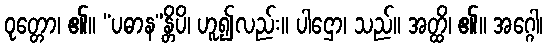
ဝုတ္တော၊ ၏။ “ပဓာန”န္တိပိ၊ ဟူ၍လည်း။ ပါဌော၊ သည်။ အတ္ထိ၊ ၏။ အဂ္ဂေါ၊